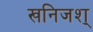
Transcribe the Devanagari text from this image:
खनिजश्